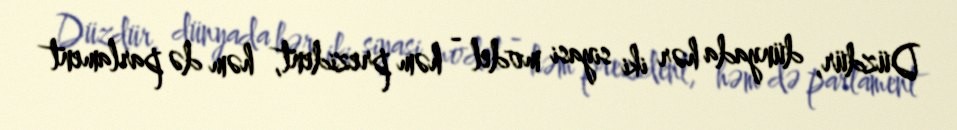
Düzdür, dünyada hər iki siyasi model - həm prezident, həm də parlament